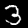
Label: 3